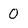
Character: O